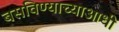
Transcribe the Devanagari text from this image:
बसविण्याच्याआधी